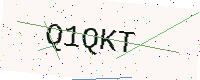
Text: Q1QKT